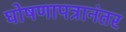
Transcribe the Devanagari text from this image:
घोषणापत्रानंतर